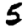
Digit: 5